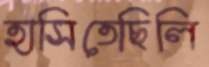
হাসিতেছিলি